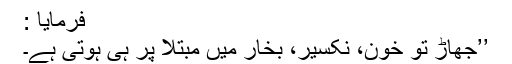
فرمایا :
’’جھاڑ تو خون، نکسیر، بخار میں مبتلا پر ہی ہوتی ہے۔